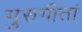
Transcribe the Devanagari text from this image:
गुरुगीतां